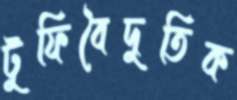
টুফিবৈদুতিক